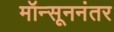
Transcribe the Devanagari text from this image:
मॉन्सूननंतर